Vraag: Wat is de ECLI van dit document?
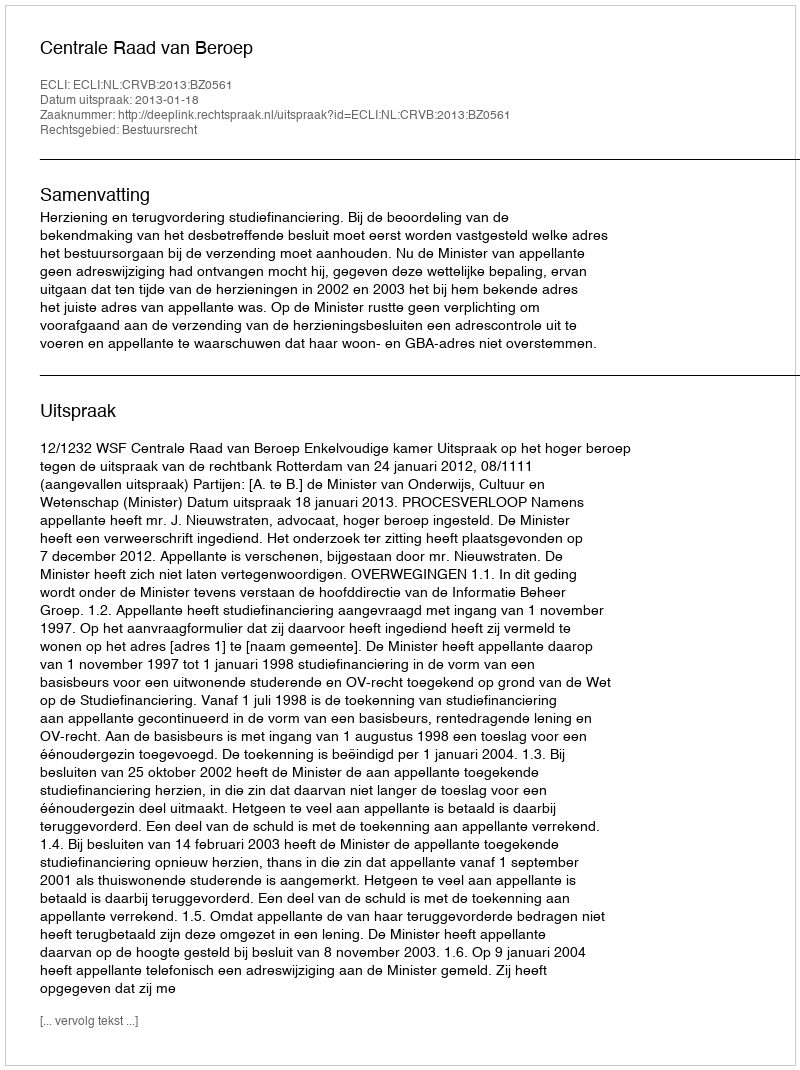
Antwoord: ECLI:NL:CRVB:2013:BZ0561